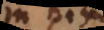
in his,